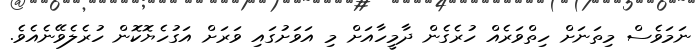
ނަމަވެސް މިތަނަށް ހިތްވަރެއް ހުރެގެން ދާމީހާއަށް މި އަވަށުގައި ވަރަށް އަގުހެޔޮކޮން ހުރެލެވޭނެއެވެ.